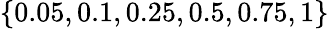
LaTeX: \{ 0.05,0.1,0.25,0.5,0.75,1\}